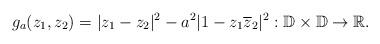
LaTeX: \begin{align*}g_a (z_1,z_2)=|z_1-z_2|^2-a^2|1-z_1 \overline{z}_2|^2 : \mathbb{D} \times \mathbb{D} \to \mathbb{R}.\end{align*}